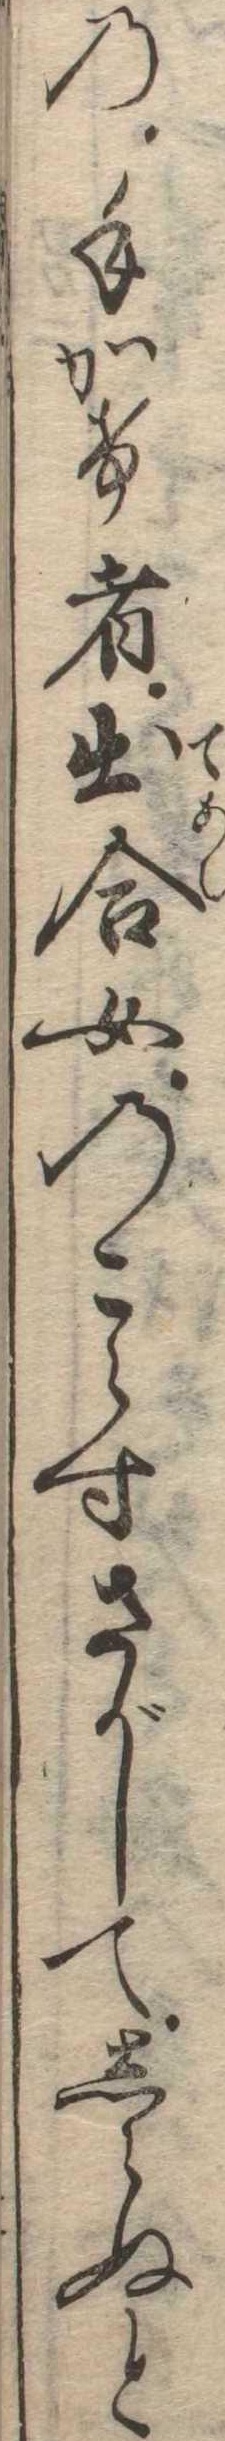
の手かけ者出合女のこらすさがしてしらぬと